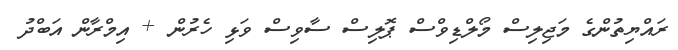
ރައްޔިތުންގެ މަޖިލިސް މޯލްޑިވްސް ޕޮލިސް ސާވިސް ވަޅި ހެރުން + އިމްރާން އަބްދު